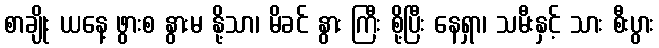
စာချိုး ယနေ့ ဖွားစ နွားမ နို့သာ၊ မိခင် နွား ကြီး စို့ပြီး နေရှာ၊ သမီးနှင့် သား စီးပွား